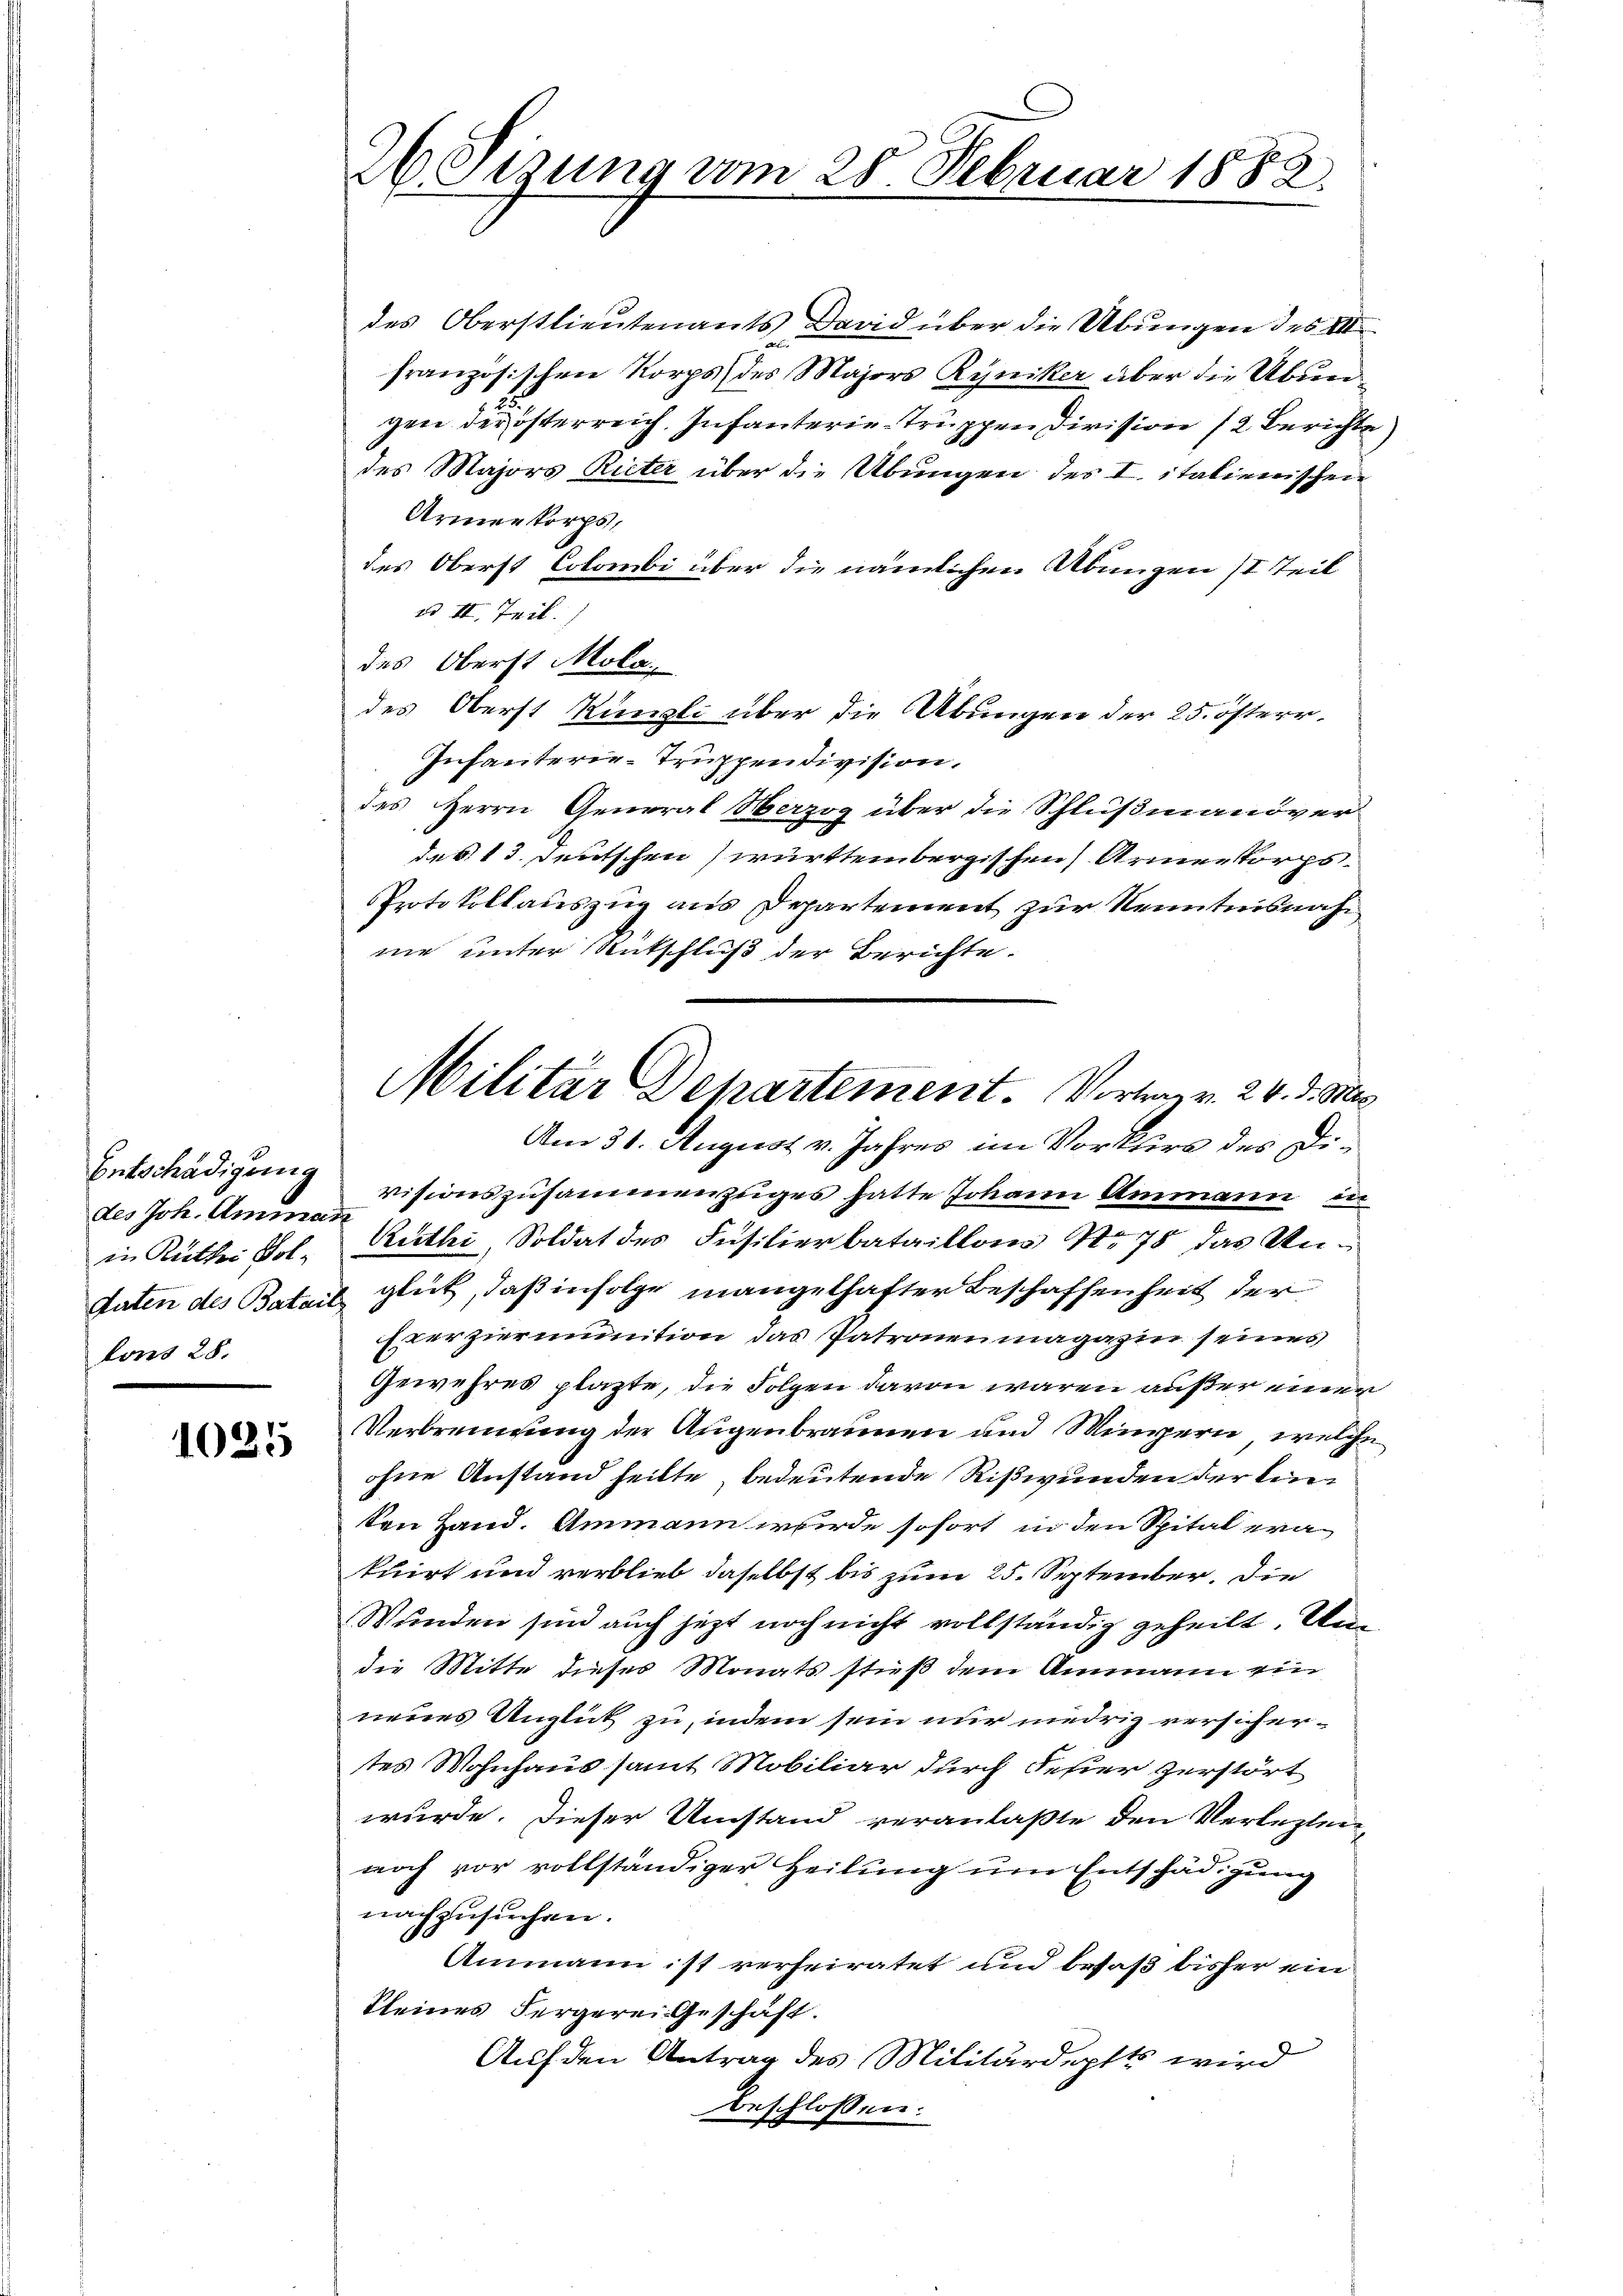
Entschädigung
des Joh. Amman
lons 28.

1025

des Oberstlieutenants David über die Übungen des III
französischen Korps (des Majors Ryniker über die Übungen der österreich. Infanterie-Truppen Division 12 Berichte)
des Majors Rieter über die Übungen des I. italienischen
Armenkorps,
des Oberst Colombi über die nämlichen Übungen II Teil
ad II. Teil.
des Oberst Mola
des Oberst Künzli über die Übungen der 25. österr¬
Infanterie-Truppendivision.
des Herrn General Herzog über die Schlußmanöver
das 13. Deutschen württembergischen Armenkorps
Protokollauszug aus Departement zur Kenntnisnahnie unter Rutschluß der Berichte.
Am 31. August v. Jahres im Vorkuire des Divisionszusammenzuges hatte Johann Ammann in
in Ruthei Jol. Ruthi, Soldat des Füsilierbataillons No 78 das Unaten des Batail glück, daß infolge mangelhafter Beschaffenheit der
Exerzierinition das Patronenmagazin seines
Gewehres plazte, die Folgen davon waren außer einer
Verbrennung der Augenbraunen und Mingern, welche
ohne Anstand heilte, bedeutende Rißwunden der Einten Hand. Ammann wurde sofort in den Spital erakuirt und verblieb daselbst bis zum 25. September. Die
Wunden sind auch jetzt noch nicht vollständig geheilt. Un
die Mitte dieses Monats stieß dem Ammann ein
neues Anglück zu, indem sein nur niedrig versichertes Wohnhaus samt Mobiliar durch Fester zerstört
wurde. Dieser Umstand veranlaßte den Verlezten,
noch vor vollständiger Heilung um Entschädigung
nachzusuchen.
Ammann ist verheiratet und besaß bisher ein
kleines Vergerei Geschäft.
Auf den Antrag des Militärdepfts wird
beschlossen:

26. Sizung vom 28. Februar 1882

Militar Departement. Vortrag v. 24. d. Ms.